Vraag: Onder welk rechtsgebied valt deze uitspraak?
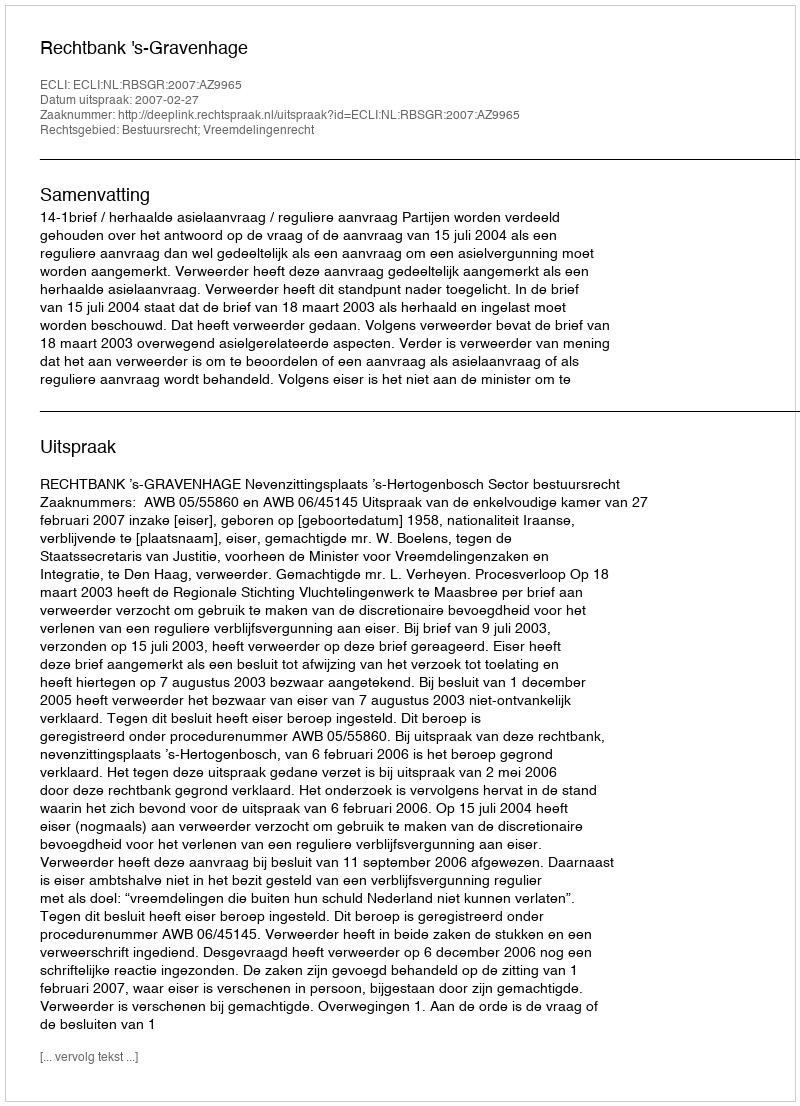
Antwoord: Bestuursrecht; Vreemdelingenrecht